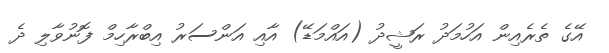
އޭގެ ތެރެއިން އަހުމަދު ރަޝީދު (އައްމަޑޭ) އާއި އަންސަރު އިބްރާހިމް ފޮނުވާލި ދެ